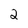
Character: 2